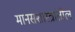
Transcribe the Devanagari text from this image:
मानसशास्त्रांतील